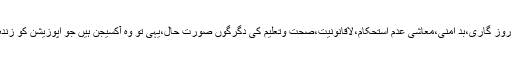
مہنگائی،بے روز گاری،بد امنی،معاشی عدم استحکام،لاقانونیت،صحت وتعلیم کی دگرگوں صورت حال،یہی تو وہ آکسیجن ہیں جو اپوزیشن کو زندہ رکھتے ہیں۔